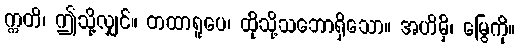
ဣတိ၊ ဤသို့လျှင်။ တထာရူပေ၊ ထိုသို့သဘောရှိသော။ အဟိမှိ၊ မြွေကို။